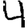
Digit: 4